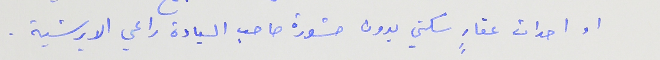
او احداث عقارٍ سكني بدون مشورة صاحب السيادة راعي الابرشية .